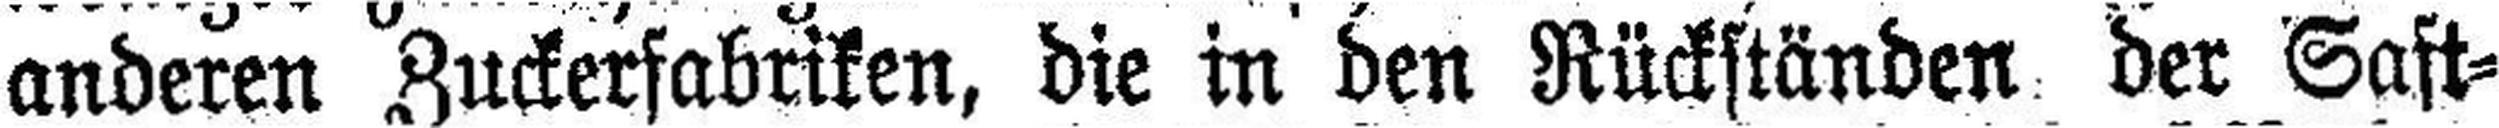
anderen Zuckerfabriken, die in den Rückständen der Saft¬